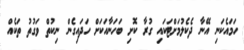
ހަމައެކަނި އޭނާ ދެކެލުމަށްޓަކައި ގުރާ ކޮށި ބަހަނާއަކަށް ހަދައިގެން ނިކުތް ވަގުތު ތަކެއް